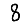
Digit: 8